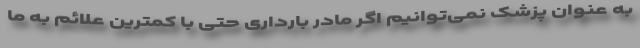
به عنوان پزشک نمی‌توانیم اگر مادر بارداری حتی با کمترین علائم به ما